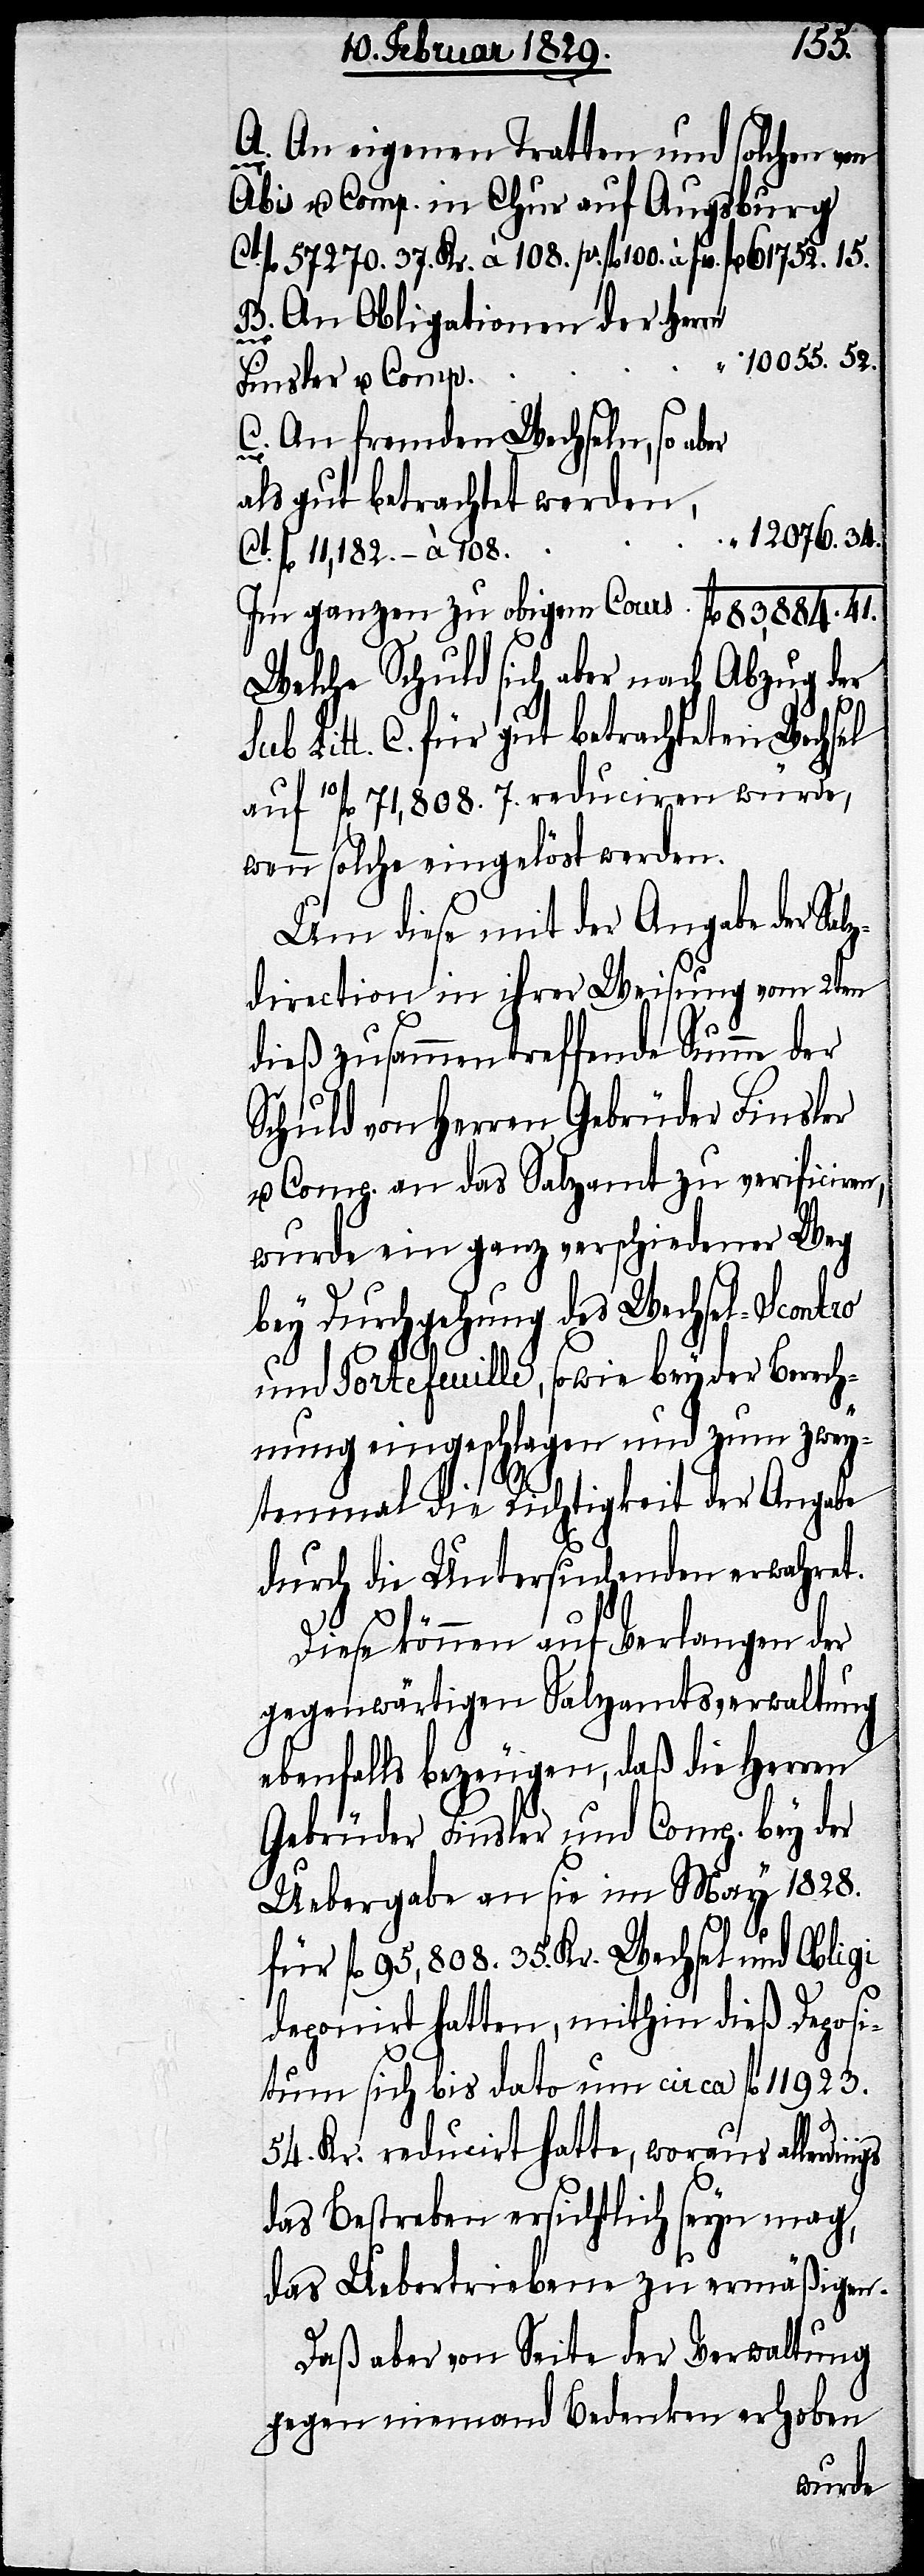
A. An eigenen Tratten und solchen von
gs
Abis u. Comp. in Chur auf Augsburg
61752. 15.
fl. 57270. 37. Kr. à %. fl.
B. An Obligationen der Herrn
“ 10055. 52.
Finsler u. Comp.
C. An fremden Wechseln, so aber
als gut betrachtet werden
“ 12076. 34.
Ct. fl. 11,182. – à 108.
Im ganzen zu obigen Cours fl. 83,884. 41.
Welche Schuld sich aber nach Abzug der
Sub Litt. C. für gut betrachteten Wechsel
auf 10fl. 71,808. 7. reduciren würde,
wenn solche eingelöst werden.
Um diese mit der Angabe der Salz¬
direction in ihrer Weisung vom 2ten
dieß zusammentreffende Summe der
Schuld von Herren Gebrüder Finsler
u. Comp. an das Salzamt zu verificiren,
wurde ein ganz verschiedener Weg
bey Durchgehung des Wechsel-Scontro
und Portefeuille, sowie bey der Berech¬
nung eingeschlagen und zum zwey¬
tenmal die Richtigkeit der Angabe
durch die Untersuchenden erwahret.
Ct.
Diese können auf Verlangen der
gegenwärtigen Salzamtsverwaltung
ebenfalls bezeugen, daß die Herren
Gebrüder Finsler und Comp. bey der
Uebergabe an sie im May 1828.
für fl. 95,808. 35. Kr. Wechsel und Obligi
deponirt hatten, mithin dieß Deposi¬
tum sich bis dato um circa fl. 11923.
54. Kr. reducirt hatte, woraus allerdin¬
das Bestreben ersichtlich seyn mag,
das Uebertriebene zu ermäßigen.
Daß aber von Seite der Verwaltung
gegen niemand Bedenken erhoben